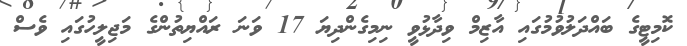
ކޮމިޓީގެ ބައްދަލުވުމުގައި އާޒިމް ވިދާޅުވީ ނިމިގެންދިޔަ 17 ވަނަ ރައްޔިތުންގެ މަޖިލީހުގައި ވެސް